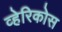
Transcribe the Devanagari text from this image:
व्हेरिकोस